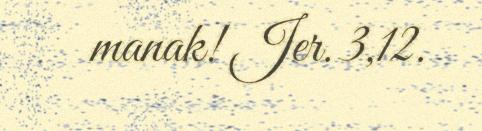
manak! Jer. 3,12.